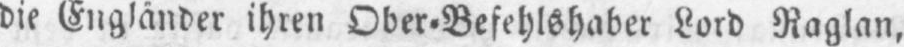
die Engländer ihren Ober⸗Befehlshaber Lord Raglan,